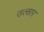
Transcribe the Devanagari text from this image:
उत्सार